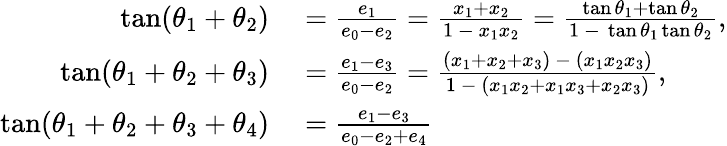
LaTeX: \begin{array}{rl}{\tan(\theta_{1}+\theta_{2})}&{{}={\frac{e_{1}}{e_{0}-e_{2}}}={\frac{x_{1}+x_{2}}{1\ -\ x_{1}x_{2}}}={\frac{\tan\theta_{1}+\tan\theta_{2}}{1\ -\ \tan\theta_{1}\tan\theta_{2}}},}\\ {\tan(\theta_{1}+\theta_{2}+\theta_{3})}&{{}={\frac{e_{1}-e_{3}}{e_{0}-e_{2}}}={\frac{(x_{1}+x_{2}+x_{3})\ -\ (x_{1}x_{2}x_{3})}{1\ -\ (x_{1}x_{2}+x_{1}x_{3}+x_{2}x_{3})}},}\\ {\tan(\theta_{1}+\theta_{2}+\theta_{3}+\theta_{4})}&{{}={\frac{e_{1}-e_{3}}{e_{0}-e_{2}+e_{4}}}}\end{array}